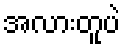
အလားတူပဲ